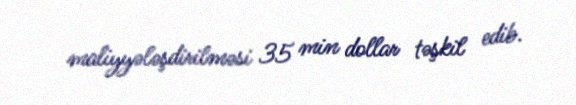
maliyyələşdirilməsi 35 min dollar təşkil edib.